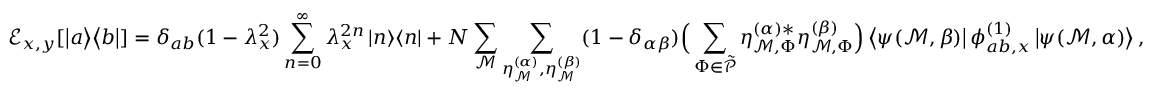
\mathcal { E } _ { x , y } [ \left| a \middle > \middle < b \right| ] = \delta _ { a b } ( 1 - \lambda _ { x } ^ { 2 } ) \sum _ { n = 0 } ^ { \infty } \lambda _ { x } ^ { 2 n } \left| n \middle > \middle < n \right| + N \sum _ { \mathcal { M } } \sum _ { \eta _ { \mathcal { M } } ^ { ( \alpha ) } , \eta _ { \mathcal { M } } ^ { ( \beta ) } } ( 1 - \delta _ { \alpha \beta } ) \Big ( \sum _ { \Phi \in \Tilde { \mathcal { P } } } \eta _ { \mathcal { M } , \Phi } ^ { ( \alpha ) * } \eta _ { \mathcal { M } , \Phi } ^ { ( \beta ) } \Big ) \left< \psi ( \mathcal { M } , \beta ) \right| \phi _ { a b , x } ^ { ( 1 ) } \left| \psi ( \mathcal { M } , \alpha ) \right> ,